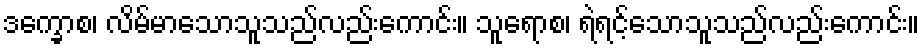
ဒက္ခောစ၊ လိမ်မာသောသူသည်လည်းကောင်း။ သူရောစ၊ ရဲရင့်သောသူသည်လည်းကောင်း။